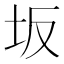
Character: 坂